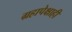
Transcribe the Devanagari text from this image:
ग्रहापेक्षाही